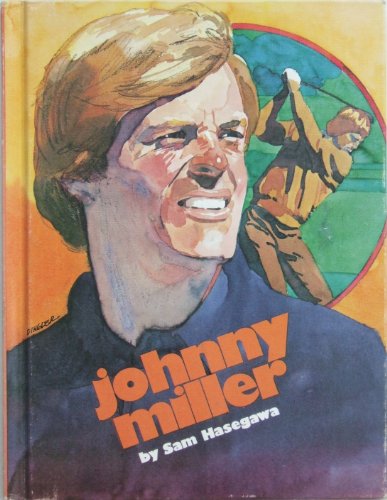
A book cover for Johnny Miller (Creative Education Sports Superstars); Sam Hasegawa; Biographies & Memoirs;